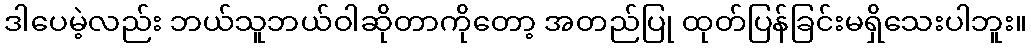
ဒါပေမဲ့လည်း ဘယ်သူဘယ်ဝါဆိုတာကိုတော့ အတည်ပြု ထုတ်ပြန်ခြင်းမရှိသေးပါဘူး။